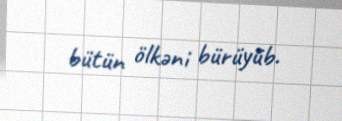
bütün ölkəni bürüyüb.